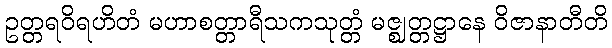
ဥတ္တရဝိရဟိတံ မဟာစတ္တာရီသကသုတ္တံ မဇ္ဈတ္တဋ္ဌာနေ ဝိဇာနာတီတိ